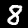
Digit: 8